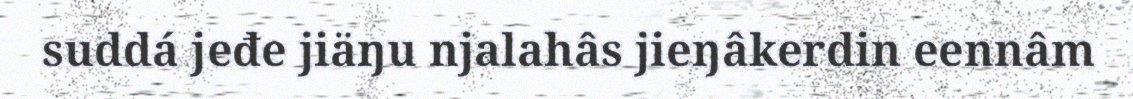
suddá jeđe jiäŋu njalahâs jieŋâkerdin eennâm